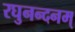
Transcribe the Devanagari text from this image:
रघुनन्दनम्‌